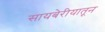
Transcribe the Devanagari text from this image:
सायबेरीयातून